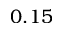
0 . 1 5